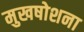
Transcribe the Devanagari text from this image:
मुखषोशना